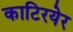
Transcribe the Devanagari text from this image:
काटिरयेर